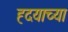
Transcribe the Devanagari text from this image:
ह्दयाच्या